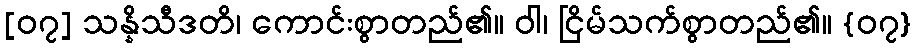
[၀၇] သန္နိသီဒတိ၊ ကောင်းစွာတည်၏။ ဝါ၊ ငြိမ်သက်စွာတည်၏။ {၀၇}